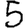
Digit: 5